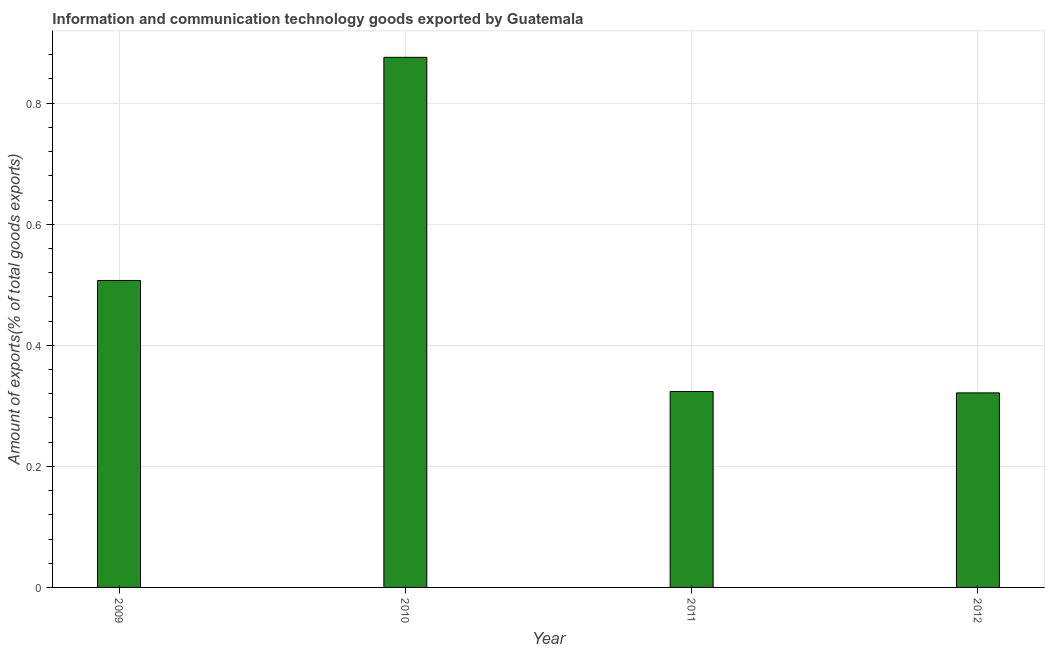
| Year | ICT goods exports |
 | --- | --- |
 | 2009 | 0.507 |
 | 2010 | 0.876 |
 | 2011 | 0.324 |
 | 2012 | 0.321 |